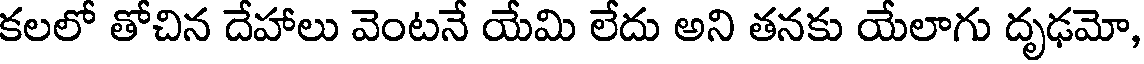
కలలో తోచిన దేహాలు వెంటనే యేమి లేదు అని తనకు యేలాగు దృఢమో,